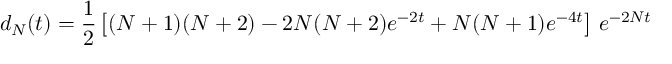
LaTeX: d _ { N } ( t ) = \frac { 1 } { 2 } \left[ ( N + 1 ) ( N + 2 ) - 2 N ( N + 2 ) e ^ { - 2 t } + N ( N + 1 ) e ^ { - 4 t } \right] \, e ^ { - 2 N t }